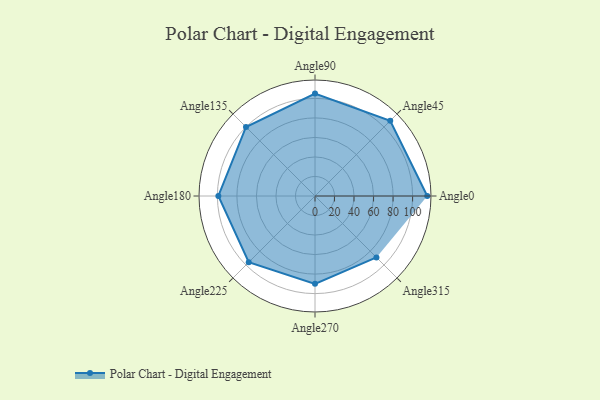
{"axis": {"x": "Angle", "y": "Radius"}, "legend": [""], "data": [{"x": "Angle0", "y": 115.0, "type": ""}, {"x": "Angle45", "y": 109.0, "type": ""}, {"x": "Angle90", "y": 105.0, "type": ""}, {"x": "Angle135", "y": 100.0, "type": ""}, {"x": "Angle180", "y": 99.0, "type": ""}, {"x": "Angle225", "y": 96.0, "type": ""}, {"x": "Angle270", "y": 90.0, "type": ""}, {"x": "Angle315", "y": 89.0, "type": ""}]}